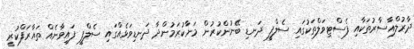
ދާރުލްއާސާރުތަކާއި ފެސްޓިވަލްތަކުގައި ސެލްފީ ދަނޑި ބޭނުންކުރުން މަނާކުރަމުންދާ ދަނޑިވަޅެއްގައި ސެލްފީ ފައިވާނެއް ތައާރަފްކުރީ